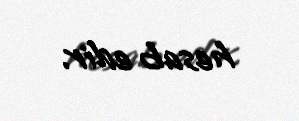
hesab edir.